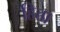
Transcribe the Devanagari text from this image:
हित्ता